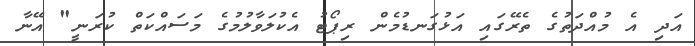
އަދި އެ މުއްދަތުގެ ތެރޭގައި އަޅުގަނޑުމެން ރިޕޯޓު އެކުލަވާލުމުގެ މަސައްކަތް ކުރަނީ" އޭނާ